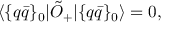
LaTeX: \langle { \{ q \bar { q } \} _ { 0 } | \tilde { O } _ { + } | \{ q \bar { q } \} _ { 0 } } \rangle = 0 ,